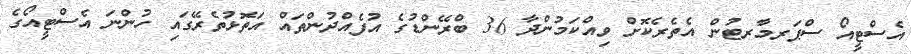
އެސްޓީއޯ ސްޕަރމާރޓުން އެތެރެކޮށް ވިއްކަމުންދާ 36 ބްރޭންޑުގެ އުފެއްދުންތައް އަތޮޅުތެރޭގައި ހުންނަ އެސްޓީއޯގެ